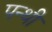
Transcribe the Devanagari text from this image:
पन्थी